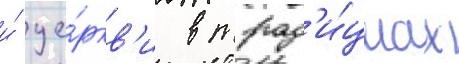
и́ це́ркв'и в трад'и́циах